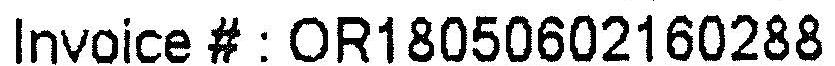
INVOICE # : OR18050602160288